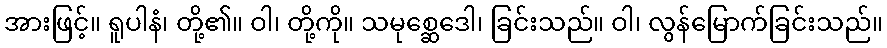
အားဖြင့်။ ရူပါနံ၊ တို့၏။ ဝါ၊ တို့ကို။ သမုစ္ဆေဒေါ၊ ခြင်းသည်။ ဝါ၊ လွန်မြောက်ခြင်းသည်။